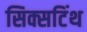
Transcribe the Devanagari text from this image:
सिक्सटिंथ